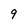
Character: 9